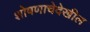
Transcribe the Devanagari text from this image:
शोषणाचेदेखील